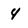
Character: 4